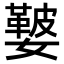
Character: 𡣐